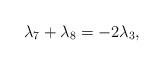
LaTeX: \begin{align*}\lambda _{7}+\lambda _{8}=-2\lambda _{3},\end{align*}